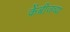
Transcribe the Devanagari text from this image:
केंब्रीजच्या